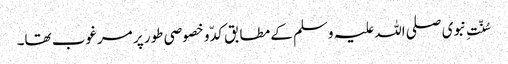
سُنّتِ نبوی صلی اللہ علیہ وسلم کے مطابق کدّ و خصوصی طور پر مرغوب تھا۔